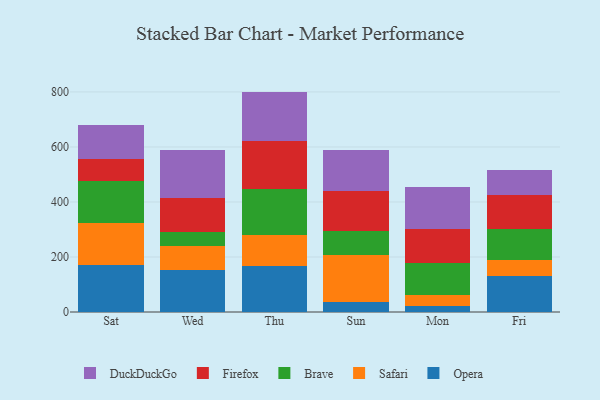
{"axis": {"x": "Day", "y": "Market Share (%)"}, "legend": ["Brave", "DuckDuckGo", "Firefox", "Opera", "Safari"], "data": [{"x": "Sat", "y": 170.4, "type": "Opera"}, {"x": "Sat", "y": 154.9, "type": "Safari"}, {"x": "Sat", "y": 150.3, "type": "Brave"}, {"x": "Sat", "y": 79.6, "type": "Firefox"}, {"x": "Sat", "y": 126.3, "type": "DuckDuckGo"}, {"x": "Wed", "y": 153.7, "type": "Opera"}, {"x": "Wed", "y": 85.8, "type": "Safari"}, {"x": "Wed", "y": 52.1, "type": "Brave"}, {"x": "Wed", "y": 124.2, "type": "Firefox"}, {"x": "Wed", "y": 174.0, "type": "DuckDuckGo"}, {"x": "Thu", "y": 167.2, "type": "Opera"}, {"x": "Thu", "y": 112.9, "type": "Safari"}, {"x": "Thu", "y": 168.0, "type": "Brave"}, {"x": "Thu", "y": 174.6, "type": "Firefox"}, {"x": "Thu", "y": 178.6, "type": "DuckDuckGo"}, {"x": "Sun", "y": 35.0, "type": "Opera"}, {"x": "Sun", "y": 171.2, "type": "Safari"}, {"x": "Sun", "y": 89.5, "type": "Brave"}, {"x": "Sun", "y": 144.5, "type": "Firefox"}, {"x": "Sun", "y": 148.2, "type": "DuckDuckGo"}, {"x": "Mon", "y": 20.1, "type": "Opera"}, {"x": "Mon", "y": 41.4, "type": "Safari"}, {"x": "Mon", "y": 117.5, "type": "Brave"}, {"x": "Mon", "y": 122.6, "type": "Firefox"}, {"x": "Mon", "y": 153.5, "type": "DuckDuckGo"}, {"x": "Fri", "y": 131.2, "type": "Opera"}, {"x": "Fri", "y": 59.3, "type": "Safari"}, {"x": "Fri", "y": 109.6, "type": "Brave"}, {"x": "Fri", "y": 125.8, "type": "Firefox"}, {"x": "Fri", "y": 90.8, "type": "DuckDuckGo"}]}